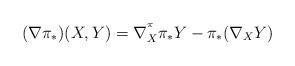
LaTeX: \begin{align*}(\nabla\pi_*)(X,Y)=\nabla^{^\pi}_{X}\pi_*Y-\pi_*(\nabla_{X}Y) \end{align*}